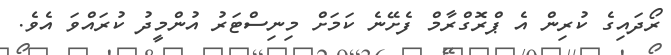
ރޯދައިގެ ކުރިން އެ ޕްރޮގްރާމް ފެށޭނެ ކަމަށް މިނިސްޓަރު އުންމީދު ކުރައްވަ އެވެ.